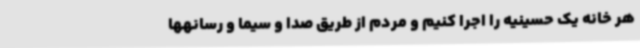
هر خانه یک حسینیه را اجرا کنیم ‌و مردم از طریق صدا و سیما و رسانهها